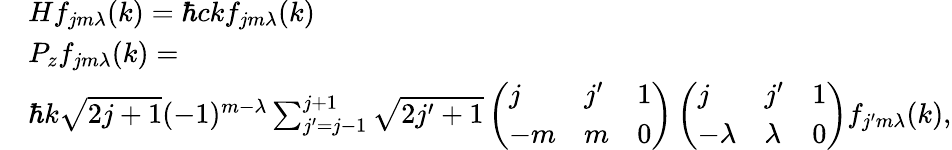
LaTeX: \begin{array}{rl}&{Hf_{jm\lambda}(k)=\hbar ckf_{jm\lambda}(k)}\\ &{P_{z}f_{jm\lambda}(k)=}\\ &{\hbar k\sqrt{2j+1}(-1)^{m-\lambda}\sum_{j^{\prime}=j-1}^{j+1}\sqrt{2j^{\prime}+1}\left(\begin{array}{lll}{j}&{j^{\prime}}&{1}\\ {-m}&{m}&{0}\end{array}\right)\left(\begin{array}{lll}{j}&{j^{\prime}}&{1}\\ {-\lambda}&{\lambda}&{0}\end{array}\right)f_{j^{\prime}m\lambda}(k),}\end{array}